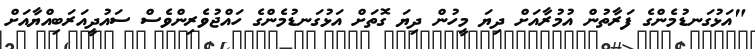
"އަޅުގަނޑުމެންގެ ފަރާތުން އުމުރާއަށް ދިޔަ މީހުން ދިޔަ ގޮތަށް އަޅުގަނޑުމެންގެ ހައްޖުވެރިންވެސް ސައުދީއަރަބިއްޔާއަށް